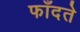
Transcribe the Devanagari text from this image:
फाँदते